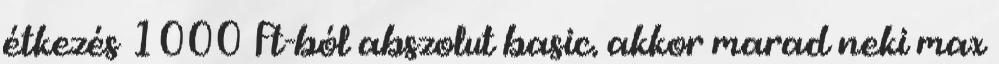
étkezés 1000 Ft-ból abszolut basic. akkor marad neki max